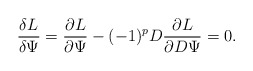
\begin{align*}{\delta L\over \delta\Psi} = {\partial L\over \partial\Psi} -(-1)^{p}D{\partial L \over \partial D\Psi}=0.\end{align*}